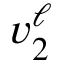
v _ { 2 } ^ { \ell }